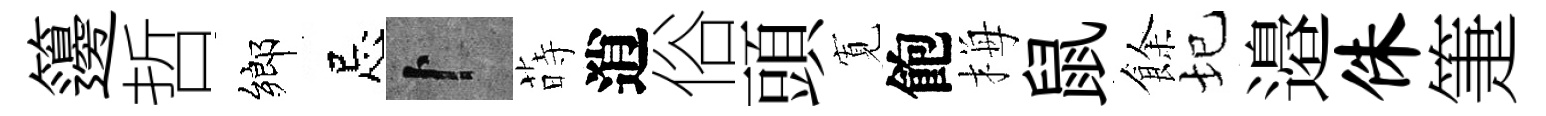
籩哲鄉忌卜蒔逍俗頭𡩖飽梅鼠餘圮邉侏箑